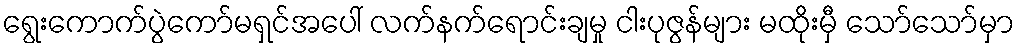
ရွေးကောက်ပွဲကော်မရှင်အပေါ် လက်နက်ရောင်းချမှု ငါးပုဇွန်များ မထိုးမှီ သော်သော်မှာ